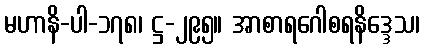
မဟာနိ-ပါ-၁၇၈၊ ဋ္ဌ-၂၉၅။ အာစာရဂေါစရနိဒ္ဒေသ၊